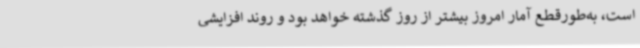
است، به‌طورقطع آمار امروز بیشتر از روز گذشته خواهد بود و روند افزایشی